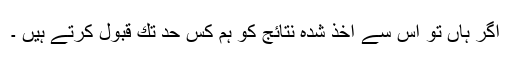
اگر ہاں تو اس سے اخذ شدہ نتائج كو ہم كس حد تك قبول كرتے ہیں ۔